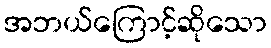
အဘယ်ကြောင့်ဆိုသော